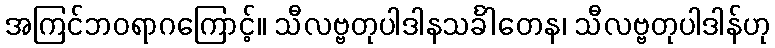
အကြင်ဘဝရာဂကြောင့်။ သီလဗ္ဗတုပါဒါနသင်္ခါတေန၊ သီလဗ္ဗတုပါဒါန်ဟု